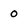
Character: o